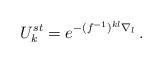
LaTeX: \begin{align*}U_{k}^{st} = e^{-(f^{-1})^{kl}\nabla_{l}} \, .\end{align*}